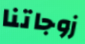
زوجاتنا